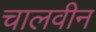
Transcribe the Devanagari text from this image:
चालवीन